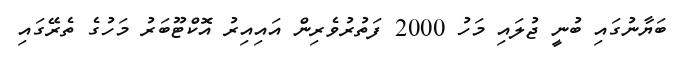
ބަޔާނުގައި ބުނީ ޖުލައި މަހު 2000 ފަތުރުވެރިން އައިިއިރު އޮކްޓޫބަރު މަހުގެ ތެރޭގައި